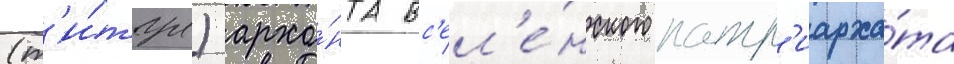
(т'и́тул) архо́нта вс'ел'е́нского патр'иарха́та